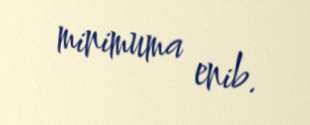
minimuma enib.